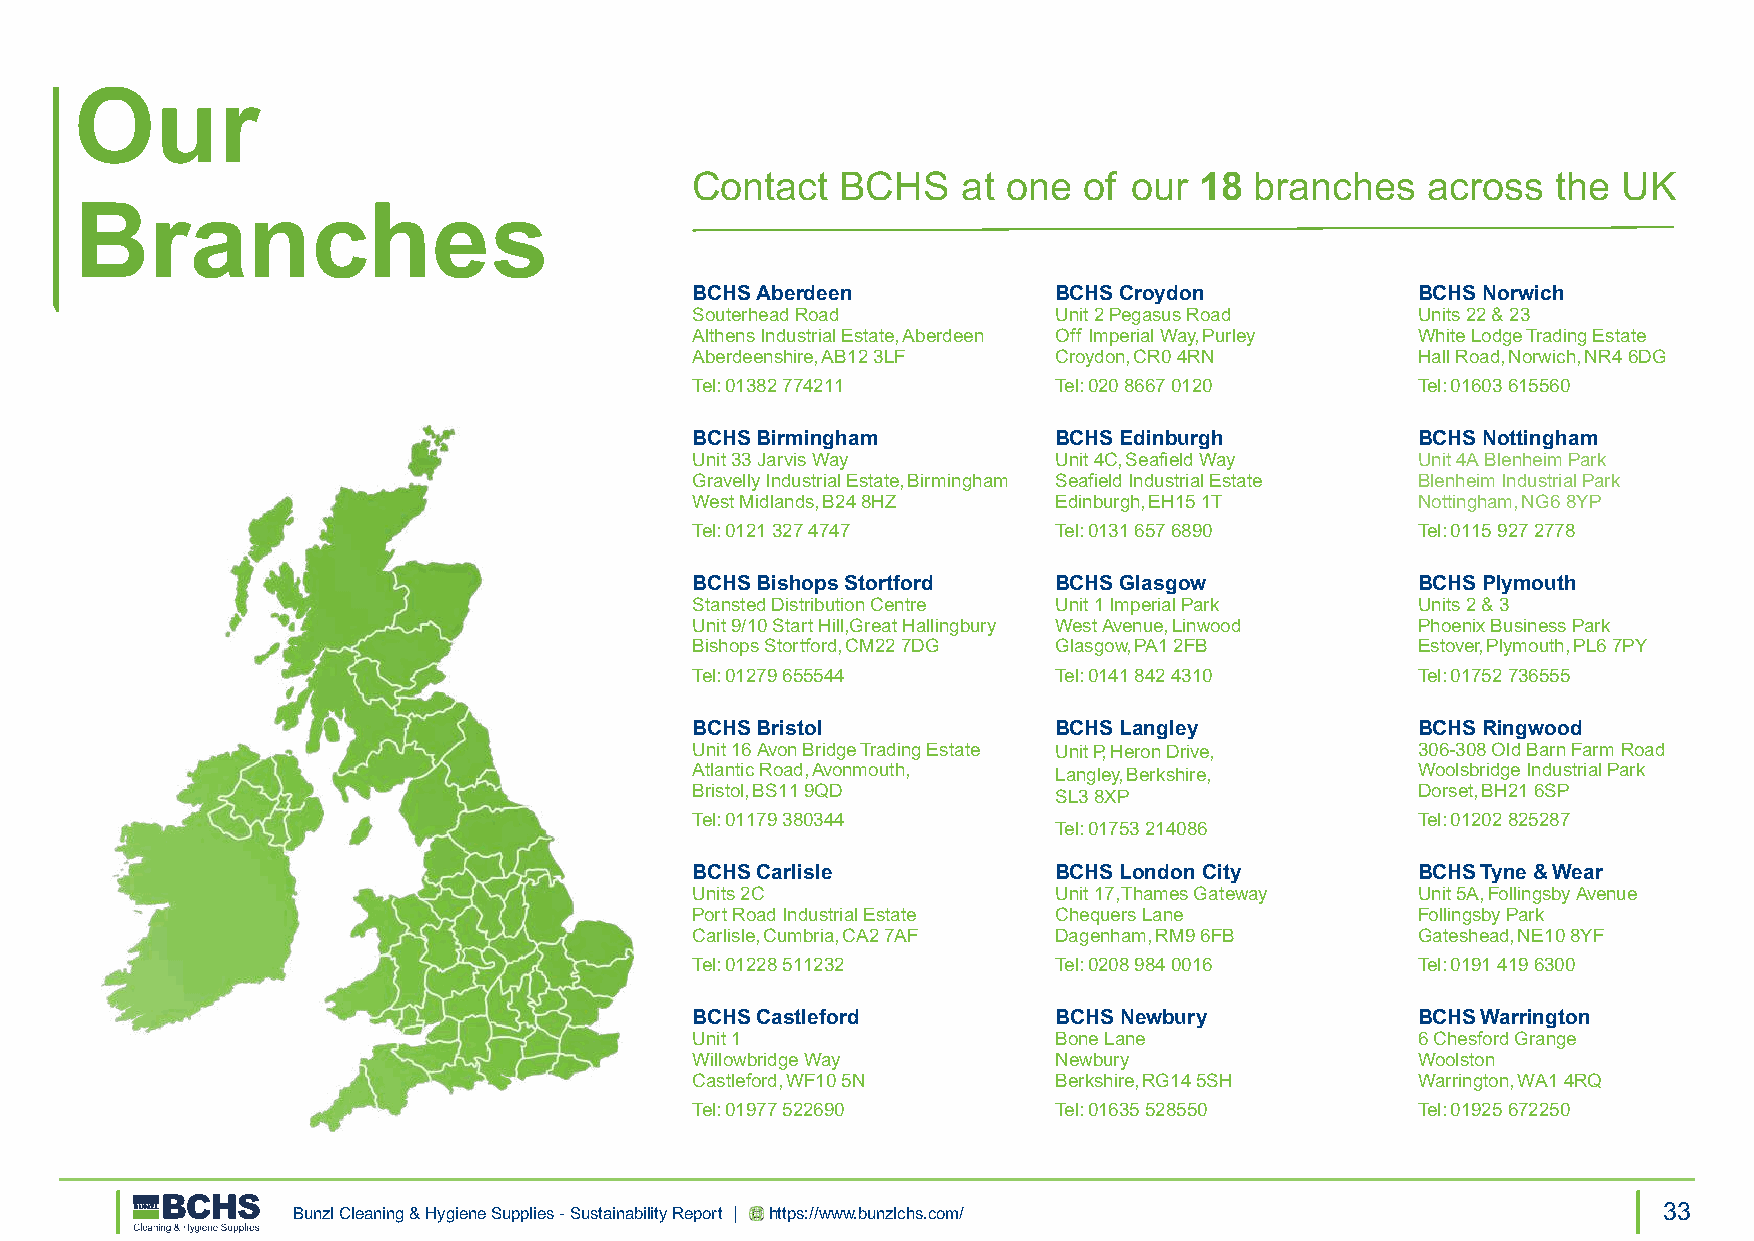
Our
 Contact   BCHS    at one  of our 18  branches    across  the UK
 Branches
 BCHS Aberdeen           BCHS Croydon            BCHS Norwich
 Souterhead Road         Unit 2 Pegasus Road     Units 22 & 23
 Althens Industrial Estate, Aberdeen Off Imperial Way, Purley White Lodge Trading Estate
 Aberdeenshire, AB12 3LF Croydon, CR0 4RN        Hall Road, Norwich, NR4 6DG
 Tel: 01382 774211       Tel: 020 8667 0120      Tel: 01603 615560
 BCHS Birmingham         BCHS Edinburgh          BCHS Nottingham
 Unit 33 Jarvis Way      Unit 4C, Seafield Way   Unit 4A Blenheim Park
 Gravelly Industrial Estate, Birmingham Seafield Industrial Estate Blenheim Industrial Park
 West Midlands, B24 8HZ  Edinburgh, EH15 1T      Nottingham, NG6 8YP
 Tel: 0121 327 4747      Tel: 0131 657 6890      Tel: 0115 927 2778
 BCHS Bishops Stortford  BCHS Glasgow            BCHS Plymouth
 Stansted Distribution Centre Unit 1 Imperial Park Units 2 & 3
 Unit 9/10 Start Hill,Great Hallingbury West Avenue, Linwood Phoenix Business Park
 Bishops Stortford, CM22 7DG Glasgow, PA1 2FB    Estover, Plymouth, PL6 7PY
 Tel: 01279 655544       Tel: 0141 842 4310      Tel: 01752 736555
 BCHS Bristol            BCHS Langley            BCHS Ringwood
 Unit 16 Avon Bridge Trading Estate Unit P, Heron Drive, 306-308 Old Barn Farm Road
 Atlantic Road, Avonmouth, Langley, Berkshire,   Woolsbridge Industrial Park
 Bristol, BS11 9QD       SL3 8XP                 Dorset, BH21 6SP
 Tel: 01179 380344                               Tel: 01202 825287
 Tel: 01753 214086
 BCHS Carlisle           BCHS London City        BCHS Tyne & Wear
 Units 2C                Unit 17, Thames Gateway Unit 5A, Follingsby Avenue
 Port Road Industrial Estate Chequers Lane       Follingsby Park
 Carlisle, Cumbria, CA2 7AF Dagenham, RM9 6FB    Gateshead, NE10 8YF
 Tel: 01228 511232       Tel: 0208 984 0016      Tel: 0191 419 6300
 BCHS Castleford         BCHS Newbury            BCHS Warrington
 Unit 1                  Bone Lane               6 Chesford Grange
 Willowbridge Way        Newbury                 Woolston
 Castleford, WF10 5N     Berkshire, RG14 5SH     Warrington, WA1 4RQ
 Tel: 01977 522690       Tel: 01635 528550       Tel: 01925 672250
 Bunzl Cleaning & Hygiene Supplies - Sustainability Report | https://www.bunzlchs.com/      33